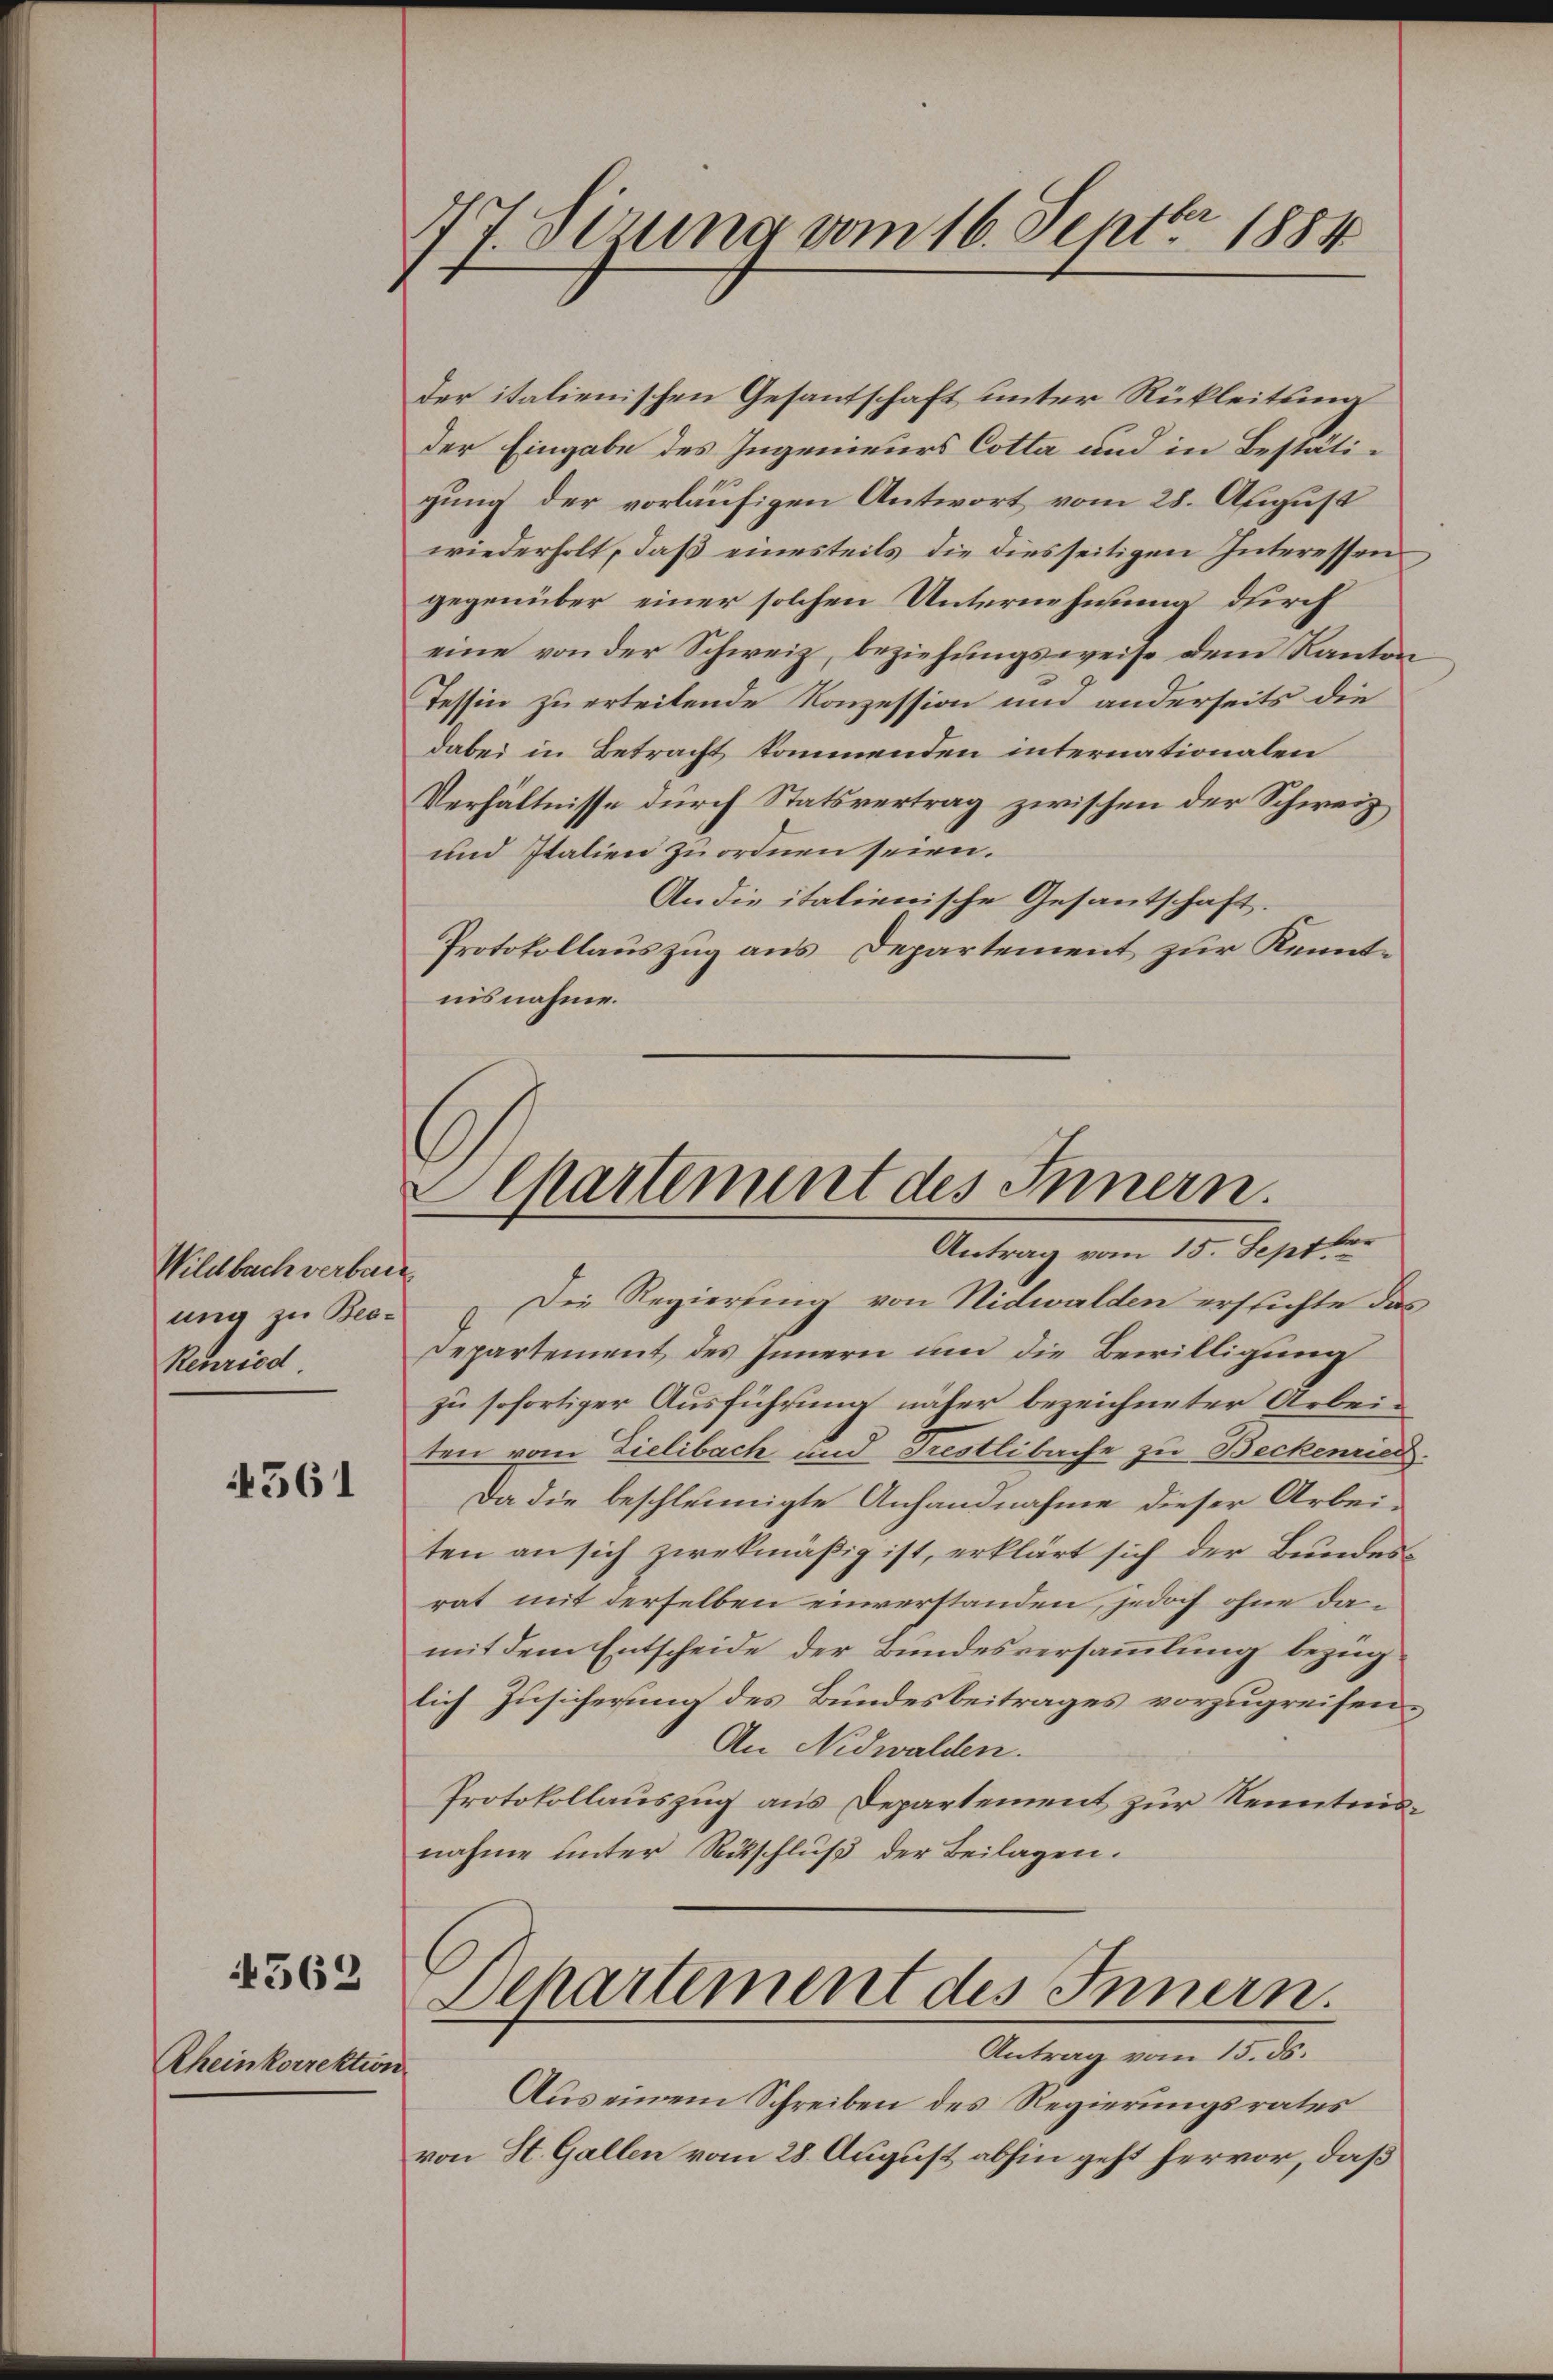
Wildbach verban
ung zu Beo-
Reuried

4561

4562

Rheinkorrektion

7 J. Sizung vom 16. Septbr 1884

Aepartement des Innern.
Antrag vom 15. Septbr

der italienischen Gesantschaft unter Rükleitung
der Eingabe des Ingenieurs Cotta und in Bestätigung der vorläufigen Antwort vom 28. August
wiederholt, daß einesteils die diesseitigen Interessen
gegenüber einer solchen Unternehmung durch
eine von der Schweiz, beziehungsweise dem Kanton
Tessin zu erteilende Konzession und anderseits die
dabei in Betracht kommenden internationalen
Verhältnisse durch Statsvertrag zwischen der Schweiz
und Italien zu ordnen seien.
An die italienische Gesantschaft.
Protokollauszug aus Departement zur Kenntnisnahme.

Dchartement des Innern
Antrag vom 15. ds.

Die Regierung von Nidwalden erstichte das
Departement des Innern um die Bewilligung
zu sofortiger Ausführung näher bezeichneter Arbeiten vom Zielibach und Trestlibache zu Beckenried
Da die beschleunigte Anhandnahme dieser Arbei-
ten an sich zwekmäßig ist, erklärt sich der Bundesrat mit derselben einverstanden, jedoch ohne damit dem Entscheide der Bundesversammlung bezug
lich Zusicherung des Bundesbeitrages vorzugreifen.
An Nidwalden.
Protokollauszug aus Departement zur Kenntnisnahme unter Ritschluß der Beilagen.

e
Aus einem Schreiben des Regierungsrates
von St. Gallen vom 28. August abhin geht hervor, daß